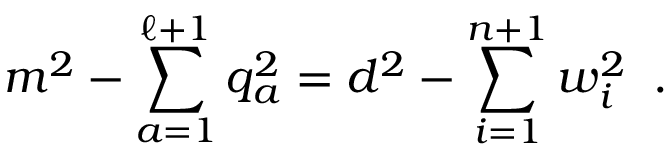
m ^ { 2 } - \sum _ { a = 1 } ^ { \ell + 1 } q _ { a } ^ { 2 } = d ^ { 2 } - \sum _ { i = 1 } ^ { n + 1 } w _ { i } ^ { 2 } \; \; .